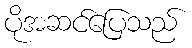
ပိုအဆင်ပြေသည်